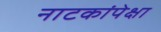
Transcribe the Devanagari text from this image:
नाटकांपेक्षा